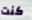
كنت